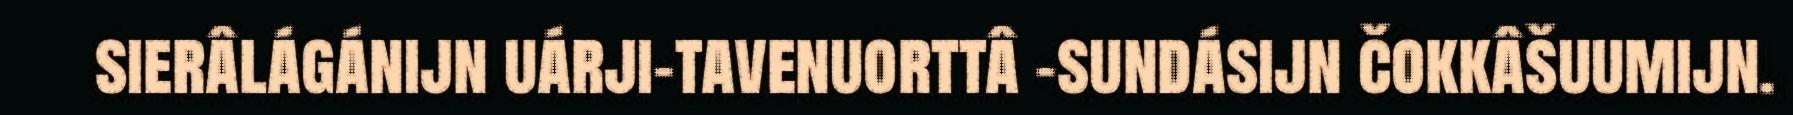
sierâlágánijn uárji-tavenuorttâ -sundásijn čokkâšuumijn.